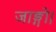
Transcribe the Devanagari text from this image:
जाङ्गो।